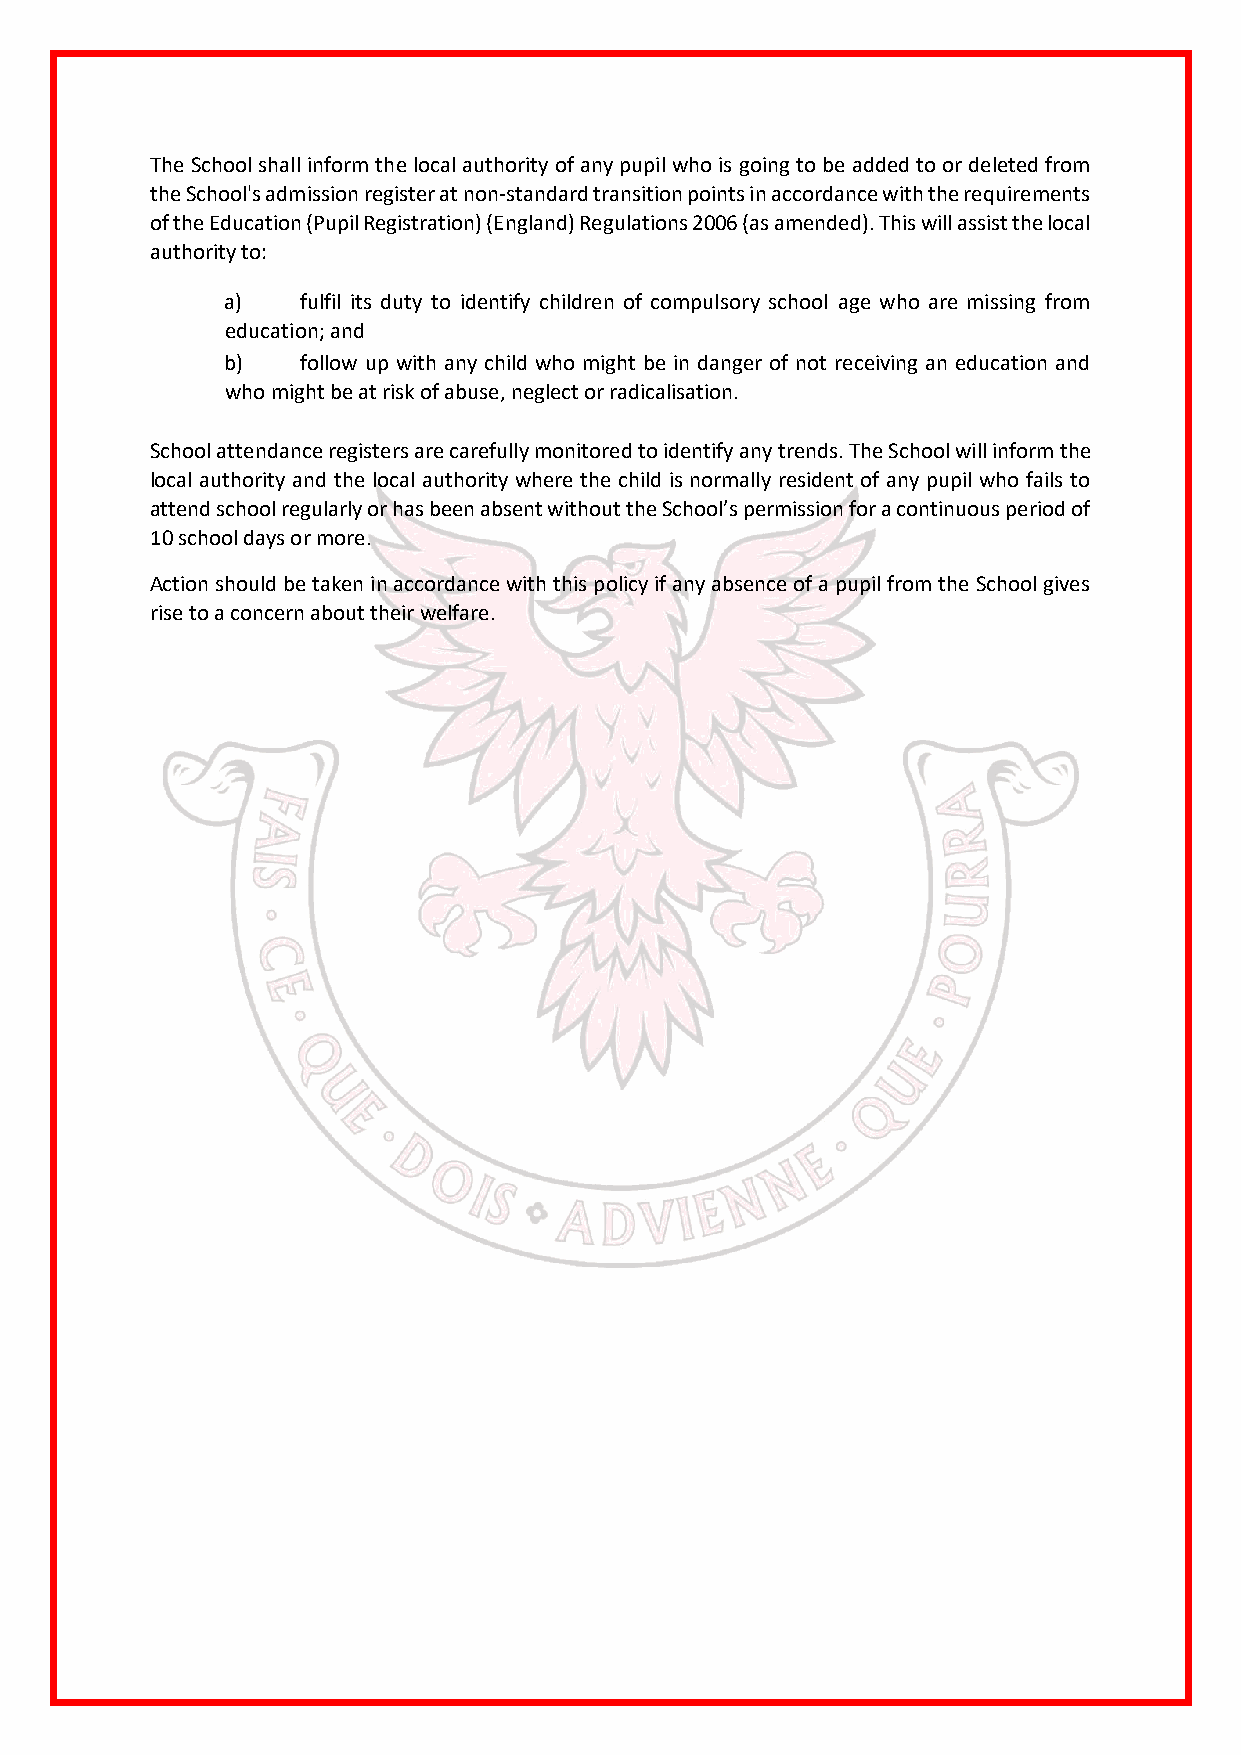
The School shall inform the local authority of any pupil who is going to be added to or deleted from
 the School's admission register at non-standard transition points in accordance with the requirements
 of the Education (Pupil Registration) (England) Regulations 2006 (as amended). This will assist the local
 authority to:
 a)   fulfil its duty to identify children of compulsory school age who are missing from
 education; and
 b)   follow up with any child who might be in danger of not receiving an education and
 who might be at risk of abuse, neglect or radicalisation.
 School attendance registers are carefully monitored to identify any trends. The School will inform the
 local authority and the local authority where the child is normally resident of any pupil who fails to
 attend school regularly or has been absent without the School’s permission for a continuous period of
 10 school days or more.
 Action should be taken in accordance with this policy if any absence of a pupil from the School gives
 rise to a concern about their welfare.